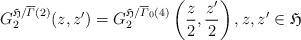
LaTeX: \begin{align*}G_{2}^{\mathfrak H/\overline{\varGamma}(2)}(z,z')=G_2^{\mathfrak H/\overline{\varGamma}_{0}(4)}\left(\frac{z}{2},\frac{z'}{2}\right),z,z'\in\mathfrak H\end{align*}